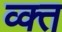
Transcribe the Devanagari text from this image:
व्क्त